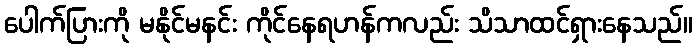
ပေါက်ပြားကို မနိုင်မနင်း ကိုင်နေရဟန်ကလည်း သိသာထင်ရှားနေသည်။